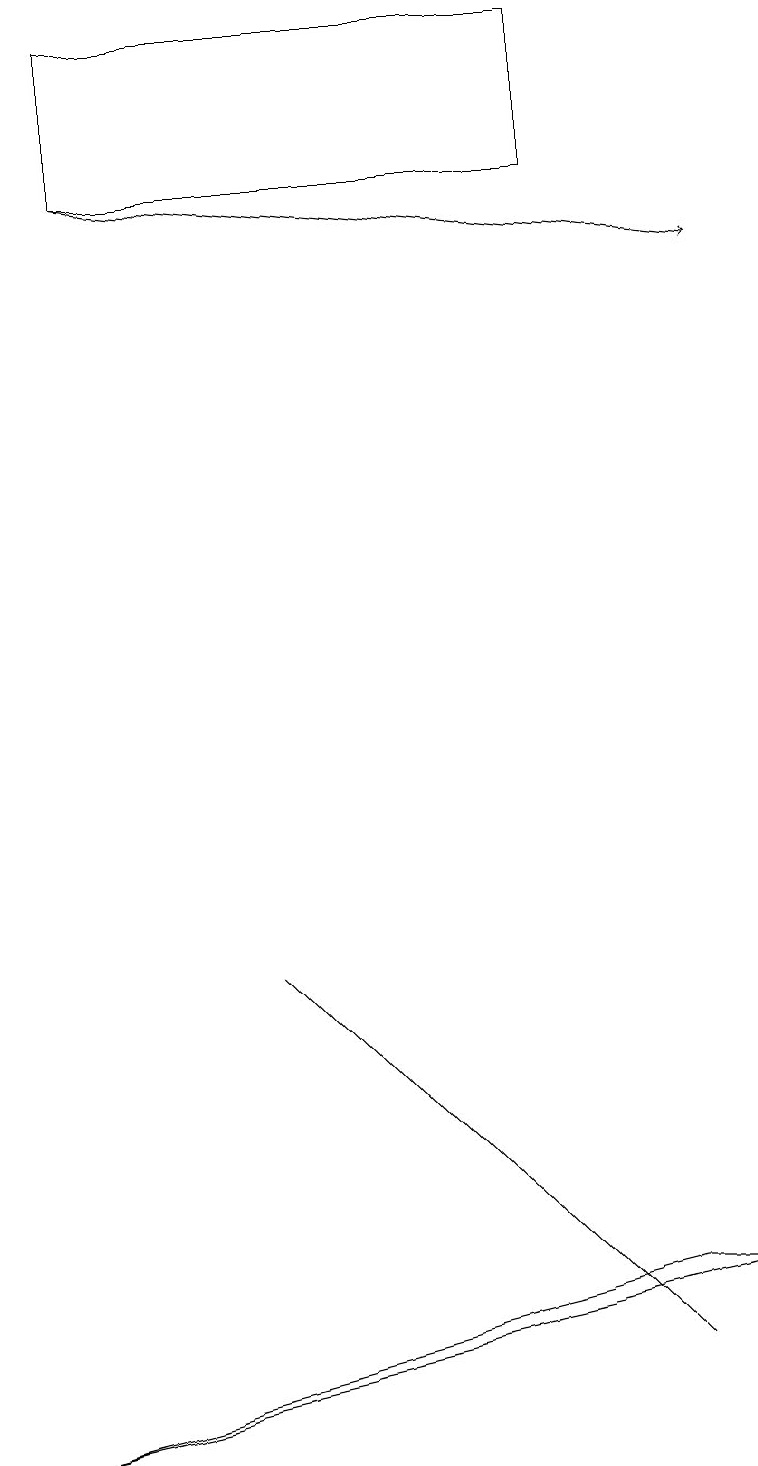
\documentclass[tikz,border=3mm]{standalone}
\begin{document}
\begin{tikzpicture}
\draw[->] (1,17) -- (9,16);
\draw (7,19) rectangle (1,17);
\draw (3,7) -- (8,2) -- (7,3) -- cycle;
\draw (9,3) -- (8,3) -- (0,1) -- cycle;
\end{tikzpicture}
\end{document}